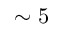
\sim 5